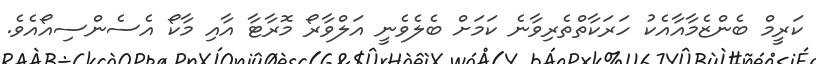
ކަރީމް ބެންޒެމާއާއެކު ހަރަކާތްތެރިވާނެ ކަމަށް ބެލެވެނީ އަލްވާރޯ މޮރާޓާ އާއި މާކޯ އެސެންސިއޯއެވެ.